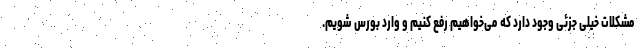
مشکلات خیلی جزئی وجود دارد که می‌خواهیم رفع کنیم و وارد بورس شویم.